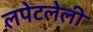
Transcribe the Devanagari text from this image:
लपेटलेली